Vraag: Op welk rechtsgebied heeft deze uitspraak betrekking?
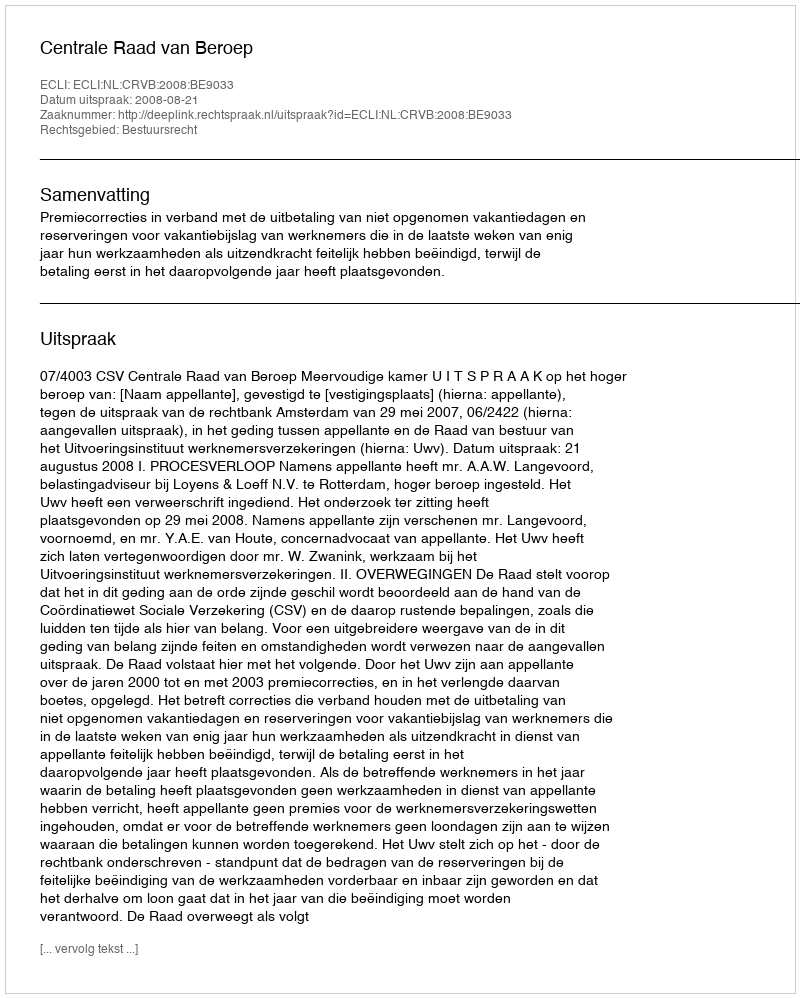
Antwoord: Bestuursrecht